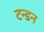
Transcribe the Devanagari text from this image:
टन्डन